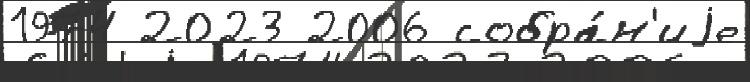
1974 2023 2006 собра́н'иjе